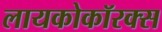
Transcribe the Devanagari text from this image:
लायकोकॉरक्स